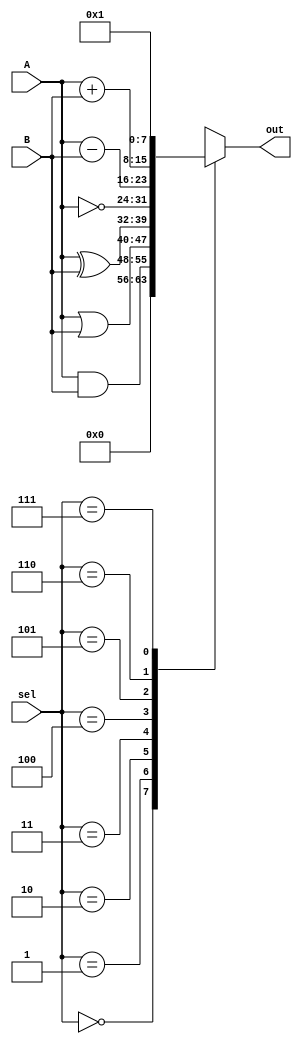
module ALU_8b(sel,A,B,out);
  input [2:0]sel;
  input [7:0]A,B;
  output reg[7:0] out;
  
  always @(sel,A,B)
   case(sel)
     3'b000:  out= 8'b0 ;
     3'b001:  out= A & B;
     3'b010:  out= A | B;
     3'b011:  out= A ^ B;
     3'b100:  out= ~A;
     3'b101:  out= A - B; 
     3'b110:  out= A + B;
     3'b111:  out= 8'b1 ;
  endcase
  
endmodule